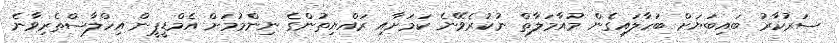
ސަރުކާރު ބައިބަޔަށް ބަހާލައިގެން މުއާމަލާތް ނުކުރެވޭނެ ކަމަށާއި ރައްޔިތުންގެ ނިންމުމަށް އެމްޑީޕީން އިހްލާސްތެރިވާނެ